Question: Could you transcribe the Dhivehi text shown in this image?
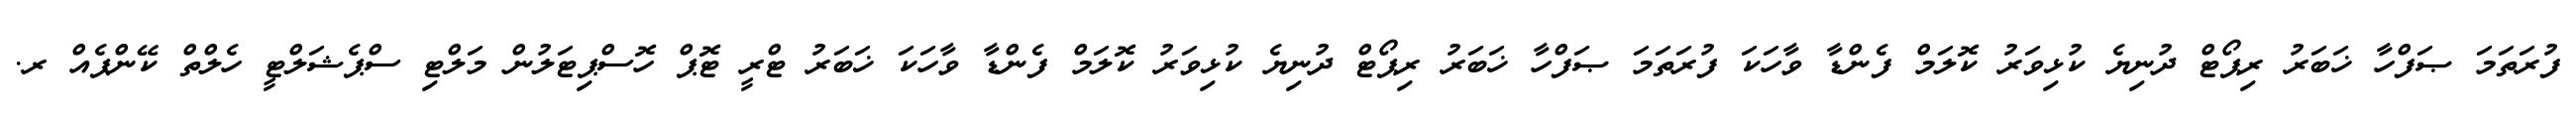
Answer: ފުރަތަމަ ޞަފްހާ ޚަބަރު ރިޕޯޓް ދުނިޔެ ކުޅިވަރު ކޮލަމް ފެންޑާ ވާހަކަ ފުރަތަމަ ޞަފްހާ ޚަބަރު ރިޕޯޓް ދުނިޔެ ކުޅިވަރު ކޮލަމް ފެންޑާ ވާހަކަ ޚަބަރު ޓްރީ ޓޮޕް ހޮސްޕިޓަލުން މަލްޓި ސްޕެޝަލްޓީ ހެލްތް ކޭންޕެއް ރ.